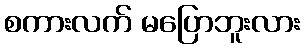
စကားလက် မပြောဘူးလား